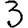
Digit: 3